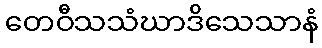
တေဝီသသံဃာဒိသေသာနံ